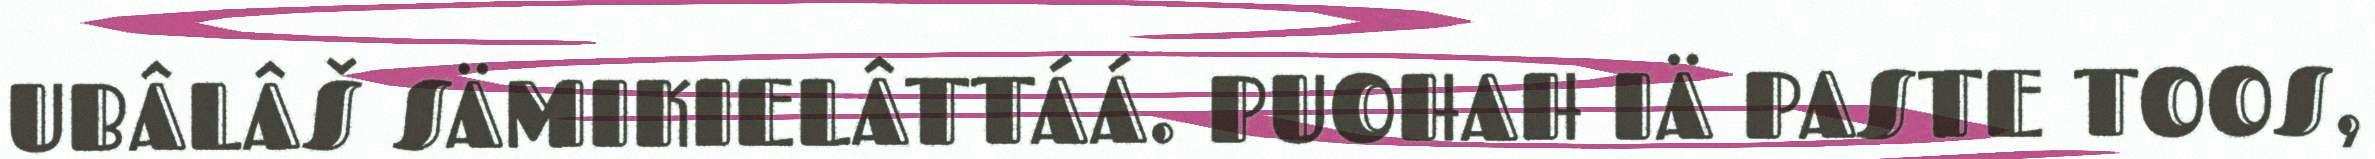
UBÂLÂŠ SÄMIKIELÂTTÁÁ. PUOHAH IÄ PASTE TOOS,